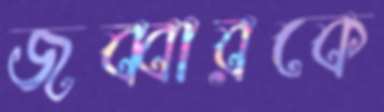
জব্বারকে